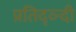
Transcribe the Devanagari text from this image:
प्रतिद्व्न्दी